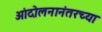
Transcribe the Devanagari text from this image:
आंदोलनानंतरच्या